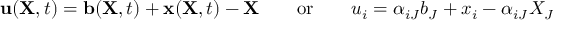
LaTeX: \ \mathbf { u } ( \mathbf { X } , t ) = \mathbf { b } ( \mathbf { X } , t ) + \mathbf { x } ( \mathbf { X } , t ) - \mathbf { X } \qquad { \mathrm { o r } } \qquad u _ { i } = \alpha _ { i J } b _ { J } + x _ { i } - \alpha _ { i J } X _ { J }